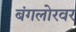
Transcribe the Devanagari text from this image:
बंगलोरवर